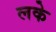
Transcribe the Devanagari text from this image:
लके